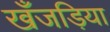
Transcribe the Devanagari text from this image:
खँजड़िया